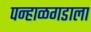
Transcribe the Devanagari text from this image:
पन्हाळगडाला